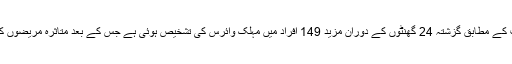
صوبائی محکمہ صحت کے مطابق گزشتہ 24 گھنٹوں کے دوران مزید 149 افراد میں مہلک وائرس کی تشخیص ہوئی ہے جس کے بعد متاثرہ مریضوں کی تعداد 8177 ہوگئی۔